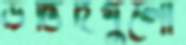
উদ্ভিদগুলো